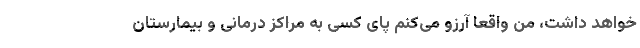
خواهد داشت، من واقعا آرزو می‌کنم پای کسی به مراکز درمانی و بیمارستان